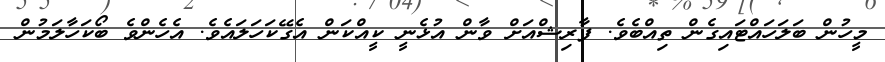
މީހުން ބަލަހައްޓައިގެން ތިއްބެވެ. ފާރިޝްއަށް ވާން އުޅެނީ ކީއްކަން އެގޭކަހަލައެވެ. އެހެންވެ ބޯކަހާލަމުން